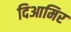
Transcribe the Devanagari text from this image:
दिआमिर